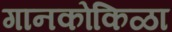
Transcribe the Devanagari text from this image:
गानकोकिळा